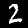
Label: 2